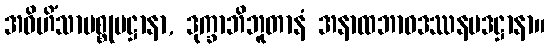
အဝိဟိံသာပစ္စုပဋ္ဌာနာ, ဒုက္ခာဘိဘူတာနံ အနာထဘာဝဒဿနပဒဋ္ဌာနာ။